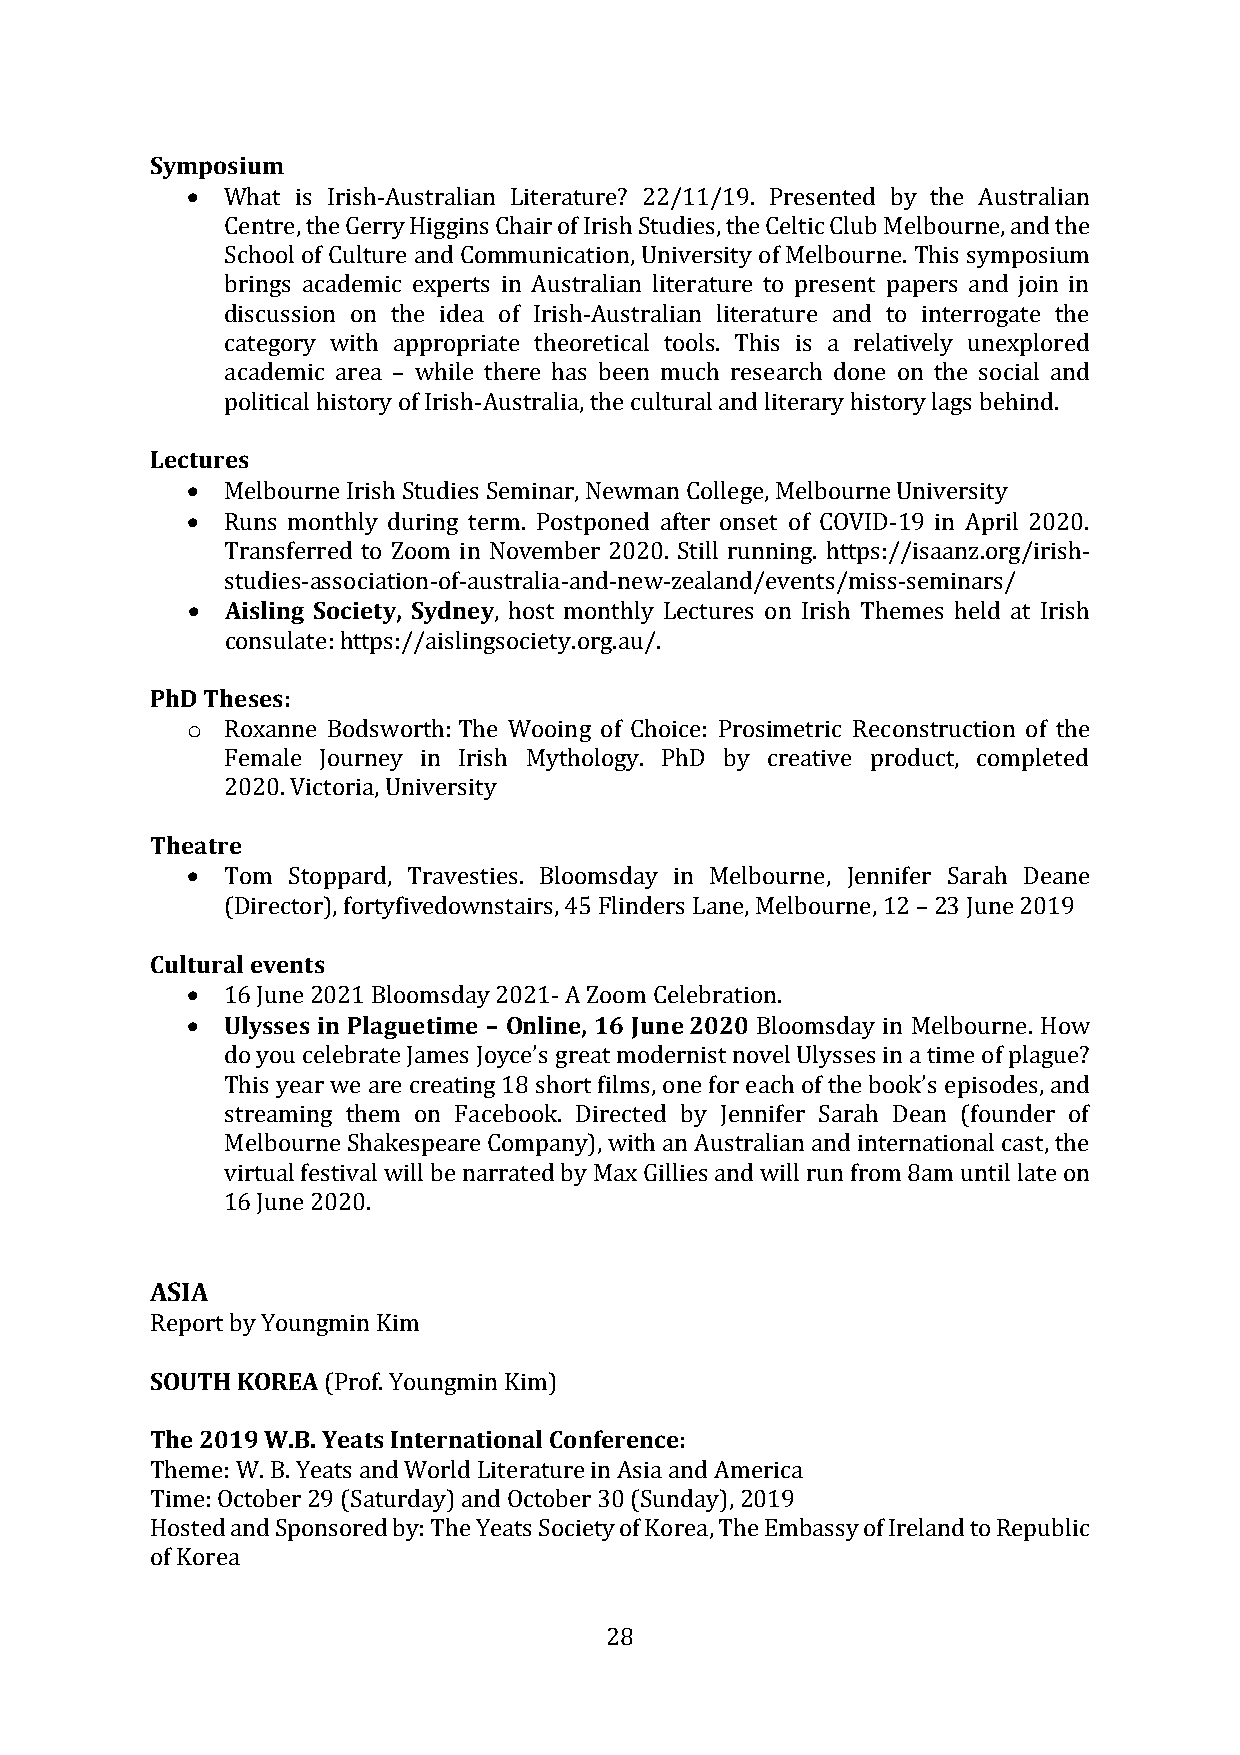
Symposium
 •  What is Irish-Australian Literature? 22/11/19. Presented by the Australian
 Centre, the Gerry Higgins Chair of Irish Studies, the Celtic Club Melbourne, and the
 School of Culture and Communication, University of Melbourne. This symposium
 brings academic experts in Australian literature to present papers and join in
 discussion on the idea of Irish-Australian literature and to interrogate the
 category with appropriate theoretical tools. This is a relatively unexplored
 academic area – while there has been much research done on the social and
 political history of Irish-Australia, the cultural and literary history lags behind.
 Lectures
 •  Melbourne Irish Studies Seminar, Newman College, Melbourne University
 •  Runs monthly during term. Postponed after onset of COVID-19 in April 2020.
 Transferred to Zoom in November 2020. Still running. https://isaanz.org/irish-
 studies-association-of-australia-and-new-zealand/events/miss-seminars/
 •  Aisling Society, Sydney, host monthly Lectures on Irish Themes held at Irish
 consulate: https://aislingsociety.org.au/.
 PhD Theses:
 o  Roxanne Bodsworth: The Wooing of Choice: Prosimetric Reconstruction of the
 Female Journey in Irish Mythology. PhD by creative product, completed
 2020. Victoria, University
 Theatre
 •  Tom Stoppard, Travesties. Bloomsday in Melbourne, Jennifer Sarah Deane
 (Director), fortyfivedownstairs, 45 Flinders Lane, Melbourne, 12 – 23 June 2019
 Cultural events
 •  16 June 2021 Bloomsday 2021- A Zoom Celebration.
 •  Ulysses in Plaguetime – Online, 16 June 2020 Bloomsday in Melbourne. How
 do you celebrate James Joyce’s great modernist novel Ulysses in a time of plague?
 This year we are creating 18 short films, one for each of the book’s episodes, and
 streaming them on Facebook. Directed by Jennifer Sarah Dean (founder of
 Melbourne Shakespeare Company), with an Australian and international cast, the
 virtual festival will be narrated by Max Gillies and will run from 8am until late on
 16 June 2020.
 ASIA
 Report by Youngmin Kim
 SOUTH KOREA (Prof. Youngmin Kim)
 The 2019 W.B. Yeats International Conference:
 Theme: W. B. Yeats and World Literature in Asia and America
 Time: October 29 (Saturday) and October 30 (Sunday), 2019
 Hosted and Sponsored by: The Yeats Society of Korea, The Embassy of Ireland to Republic
 of Korea
 28